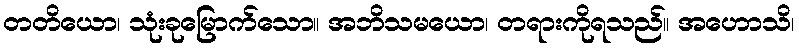
တတိယော၊ သုံးခုမြောက်သော။ အဘိသမယော၊ တရားကိုရသည်။ အဟောသိ၊